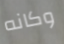
وكانه